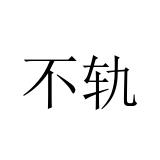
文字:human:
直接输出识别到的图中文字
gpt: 不轨